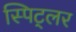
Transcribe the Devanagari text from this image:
स्पिट्लर